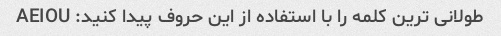
طولانی ترین کلمه را با استفاده از این حروف پیدا کنید: AEIOU